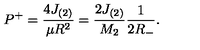
P ^ { + } = \frac { 4 J _ { ( 2 ) } } { \mu R ^ { 2 } } = \frac { 2 J _ { ( 2 ) } } { M _ { 2 } } \frac { 1 } { 2 R _ { - } } .